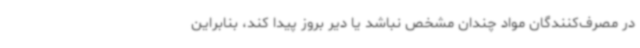
در مصرف‌کنندگان مواد چندان مشخص نباشد یا دیر بروز پیدا کند، بنابراین